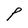
Character: P